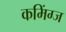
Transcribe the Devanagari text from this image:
कमिंग्ज